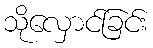
သိုလှောင်ခြင်း